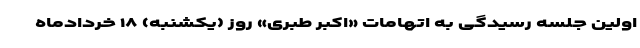
اولین جلسه رسیدگی به اتهامات «اکبر طبری» روز (یکشنبه) ۱۸ خردادماه